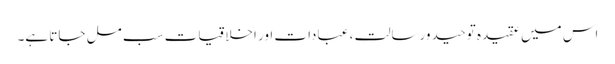
اس میں عقیدہ توحید ورسالت ، عبادات اور اخلاقیات سب مل جاتا ہے۔